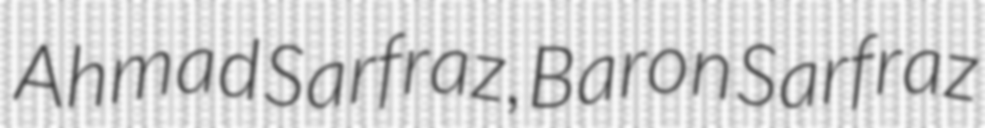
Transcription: Ahmad Sarfraz, Baron Sarfraz